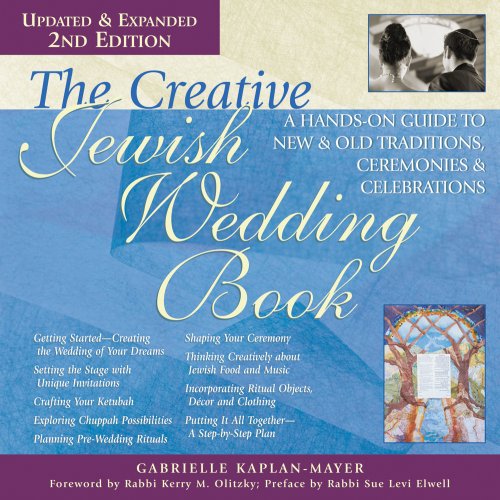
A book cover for The Creative Jewish Wedding Book: A Hands-On Guide to New & Old Traditions, Ceremonies & Celebrations; Gabrielle Kaplan-Mayer; Crafts, Hobbies & Home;